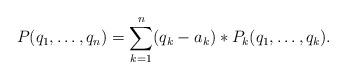
LaTeX: \begin{align*}P(q_1,\ldots,q_n)=\sum_{k=1}^n(q_k-a_k)*P_k(q_1, \ldots,q_k).\end{align*}